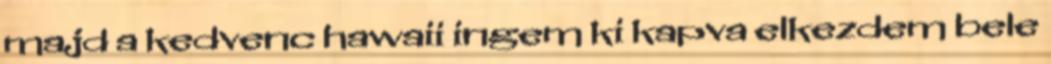
majd a kedvenc hawaii ingem ki kapva elkezdem bele